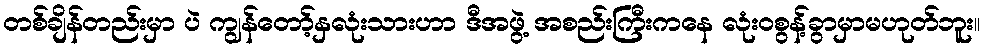
တစ်ချိန်တည်းမှာ ပဲ ကျွန်တော့်နှလုံးသားဟာ ဒီအဖွဲ့ အစည်းကြီးကနေ လုံးဝစွန့်ခွာမှာမဟုတ်ဘူး။